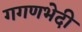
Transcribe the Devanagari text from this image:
गगणभेदी